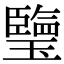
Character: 𤪋